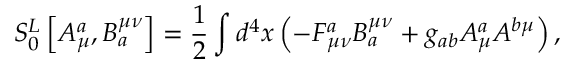
S _ { 0 } ^ { L } \left[ A _ { \mu } ^ { a } , B _ { a } ^ { \mu \nu } \right] = \frac 1 2 \int d ^ { 4 } x \left( - F _ { \mu \nu } ^ { a } B _ { a } ^ { \mu \nu } + g _ { a b } A _ { \mu } ^ { a } A ^ { b \mu } \right) ,